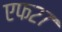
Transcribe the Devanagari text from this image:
एफ२७